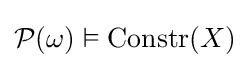
{\mathcal {P}}(\omega )\vDash {\textrm {Constr}}(X)